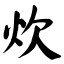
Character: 炊